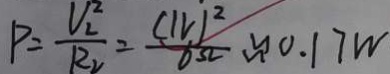
P = \frac { V _ { 2 } ^ { 2 } } { R _ { 2 } } = \frac { ( 1 V ) ^ { 2 } } { 6 \Omega } \approx 0 . 1 7 W